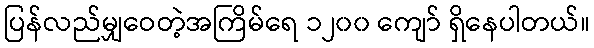
ပြန်လည်မျှဝေတဲ့အကြိမ်ရေ ၁၂၀၀ ကျော် ရှိနေပါတယ်။